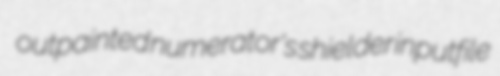
outpainted numerator's shielder inputfile